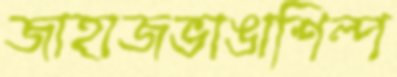
জাহাজভাঙাশিল্প